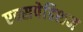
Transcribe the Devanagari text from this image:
एक्सपेडिशन